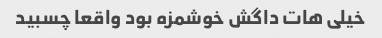
خیلی هات داگش خوشمزه بود واقعا چسبید